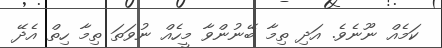
ކަމެއް ނޫނެވެ. އަދި ތިމާ ބޭނުންވާ މީހެއް ނުވަތަ ތިމާ ހިތް އެދޭ